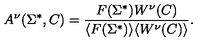
A ^ { \nu } ( \Sigma ^ { * } , C ) = { \frac { F ( \Sigma ^ { * } ) W ^ { \nu } ( C ) } { \langle F ( \Sigma ^ { * } ) \rangle \langle W ^ { \nu } ( C ) \rangle } } .